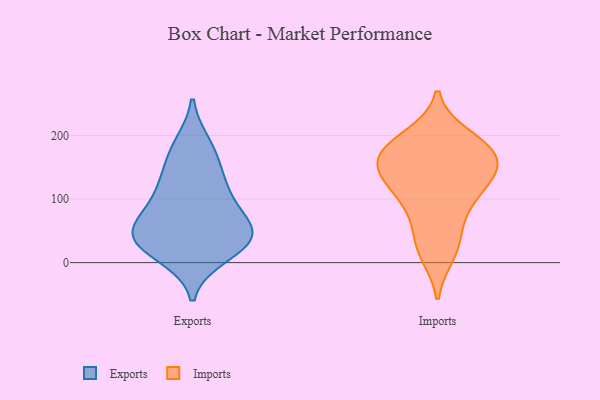
{"axis": {"x": "Bounce Rate (%)", "y": "Value"}, "legend": ["Exports", "Imports"], "data": [{"x": "", "y": 42, "type": "Exports"}, {"x": "", "y": 167, "type": "Exports"}, {"x": "", "y": 34, "type": "Exports"}, {"x": "", "y": 33, "type": "Exports"}, {"x": "", "y": 13, "type": "Exports"}, {"x": "", "y": 184, "type": "Exports"}, {"x": "", "y": 96, "type": "Exports"}, {"x": "", "y": 59, "type": "Exports"}, {"x": "", "y": 40, "type": "Exports"}, {"x": "", "y": 127, "type": "Exports"}, {"x": "", "y": 113, "type": "Exports"}, {"x": "", "y": 57, "type": "Exports"}, {"x": "", "y": 162, "type": "Imports"}, {"x": "", "y": 173, "type": "Imports"}, {"x": "", "y": 105, "type": "Imports"}, {"x": "", "y": 67, "type": "Imports"}, {"x": "", "y": 189, "type": "Imports"}, {"x": "", "y": 31, "type": "Imports"}, {"x": "", "y": 13, "type": "Imports"}, {"x": "", "y": 128, "type": "Imports"}, {"x": "", "y": 145, "type": "Imports"}, {"x": "", "y": 150, "type": "Imports"}, {"x": "", "y": 199, "type": "Imports"}, {"x": "", "y": 169, "type": "Imports"}, {"x": "", "y": 106, "type": "Imports"}]}